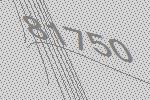
81750